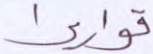
قواريرا